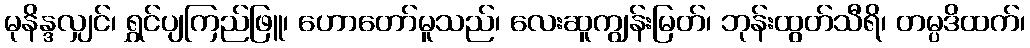
မုနိန္ဒလျှင်၊ ရွှင်ပျကြည်ဖြူ၊ ဟောတော်မူသည်၊ လေးဆူကျွန်းမြတ်၊ ဘုန်းထွတ်သီရိ၊ တမ္ပဒိထက်၊